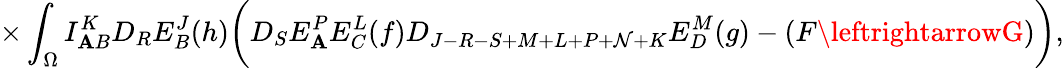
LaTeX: \times\int_{\Omega}I_{\mathbf{A}B}^{K}D_{R}E_{B}^{J}(h)\biggl(D_{S}E_{\mathbf{A}}^{P}E_{C}^{L}(f)D_{J-R-S+M+L+P+\mathcal{N}+K}E_{D}^{M}(g)-(F\leftrightarrowG)\biggr),